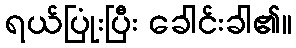
ရယ်ပြုံးပြီး ခေါင်းခါ၏။